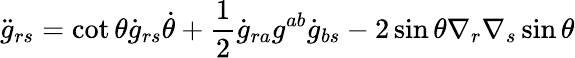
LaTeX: {\ddot{g}}_{rs}=\cot\theta{\dot{g}}_{rs}{\dot{\theta}}+\frac{1}{2}{\dot{g}}_{ra}g^{ab}{\dot{g}}_{bs}-2\sin\theta\nabla_{r}\nabla_{s}\sin\theta